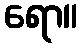
ရော။